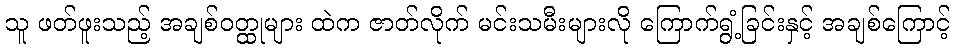
သူ ဖတ်ဖူးသည့် အချစ်ဝတ္ထုများ ထဲက ဇာတ်လိုက် မင်းသမီးများလို ကြောက်ရွံ့ခြင်းနှင့် အချစ်ကြောင့်